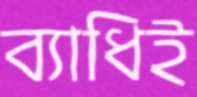
ব্যাধিই